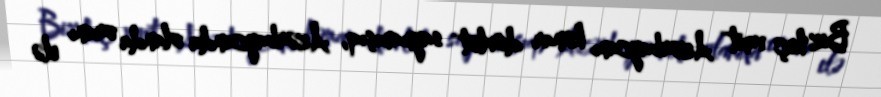
Biz heç vaxt Azərbaycanı kənar dövlət saymamışıq, Azərbaycanda olanda oranı elə